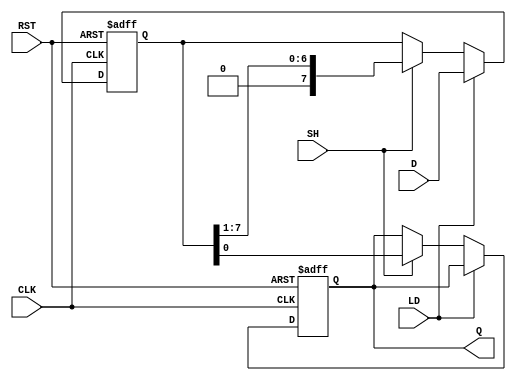
module PISO_Register #(parameter N = 8) (
    input wire [N-1:0] D,    // Data input (parallel)
    input wire LD,            // Load signal
    input wire SH,            // Shift signal
    input wire CLK,           // Clock signal
    input wire RST,           // Reset signal
    output reg Q              // Serial output
);

    reg [N-1:0] shift_reg;    // Shift register

    always @(posedge CLK or posedge RST) begin
        if (RST) begin
            shift_reg <= {N{1'b0}}; // Clear the register on reset
            Q <= 1'b0;              // Clear serial output
        end else begin
            if (LD) begin
                shift_reg <= D;     // Load data when LD is high
            end else if (SH) begin
                Q <= shift_reg[0];  // Get the LSB for serial output
                shift_reg <= {1'b0, shift_reg[N-1:1]}; // Shift right
            end
        end
    end

endmodule